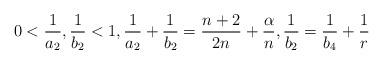
LaTeX: \begin{align*}0<\frac1{a_2}, \frac{1}{b_2}<1,\frac1{a_2}+\frac1{b_2}=\frac{n+2}{2n}+\frac{\alpha}{n},\frac{1}{b_2}=\frac{1}{b_4}+\frac1r\end{align*}